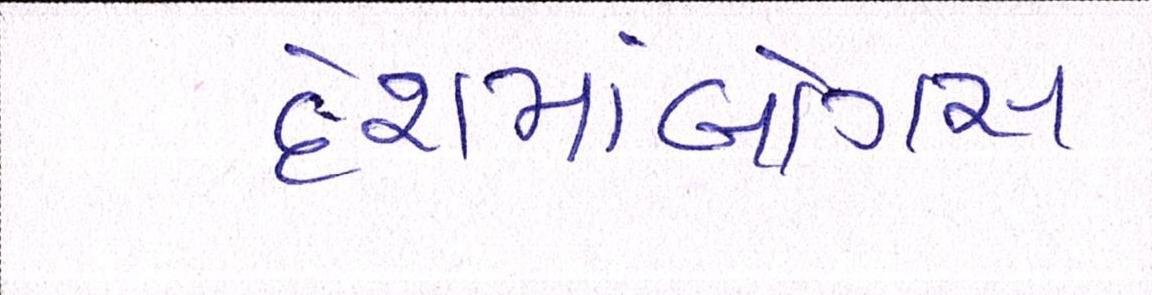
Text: દેશમાંબોગસ